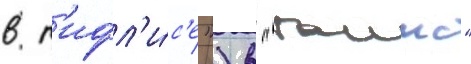
в т'ифл'и́с'е") в "таимс"